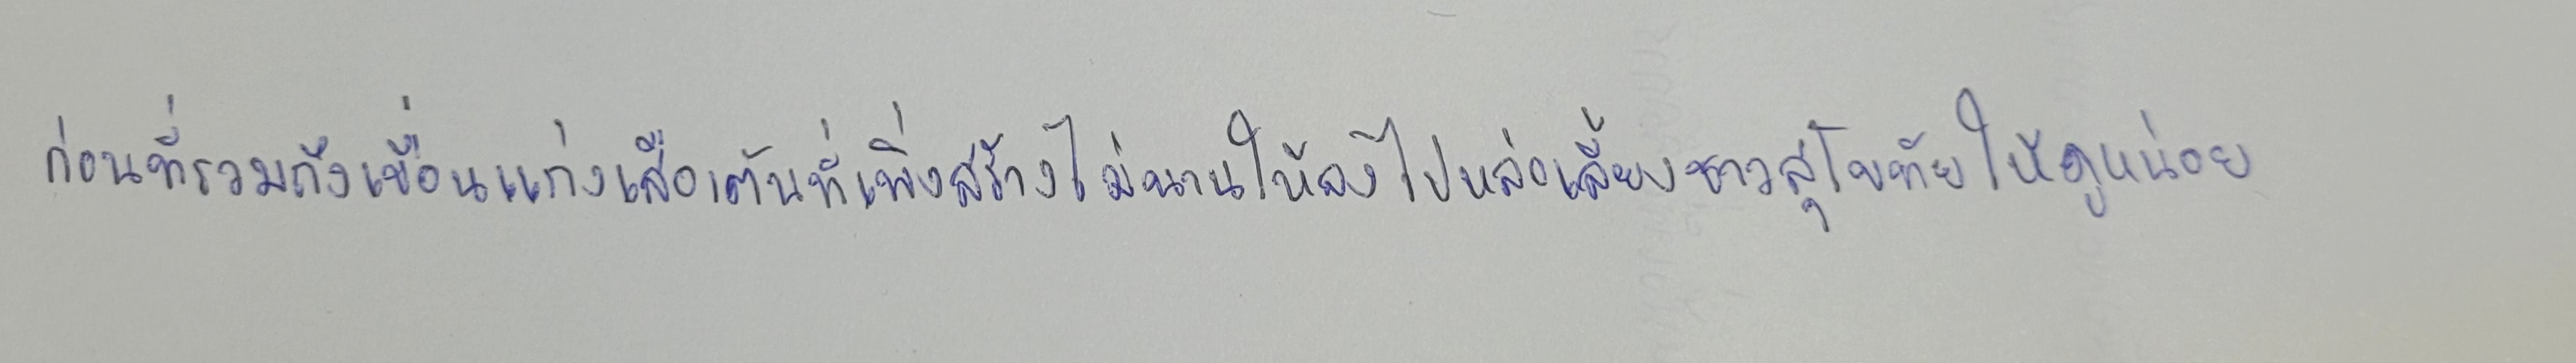
ก่อนที่รวมถึงเขื่อนแก่งเสือเต้นที่เพิ่งสร้างไม่นานให้ลงไปหล่อเลี้ยงชาวสุโขทัยให้ดูหน่อย